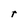
Character: r